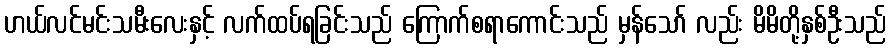
ဟယ်လင်မင်းသမီးလေးနှင့် လက်ထပ်ရခြင်းသည် ကြောက်စရာကောင်းသည် မှန်သော် လည်း မိမိတို့နှစ်ဦးသည်